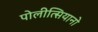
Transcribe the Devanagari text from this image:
पोलीत्सियानो